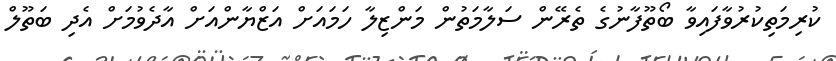
ކުރިމަތިކުރުވާފައިވާ ބޯތޫފާނުގެ ތެރޭން ސަލާމަތުން މަންޒިލާ ހަމައަށް އަޒްޔާންއަށް އާދެވުމަށް އެދި ބަތޫލް